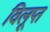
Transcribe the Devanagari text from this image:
विलूप्त